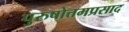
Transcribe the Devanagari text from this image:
पुरुषोत्तमप्रसाद